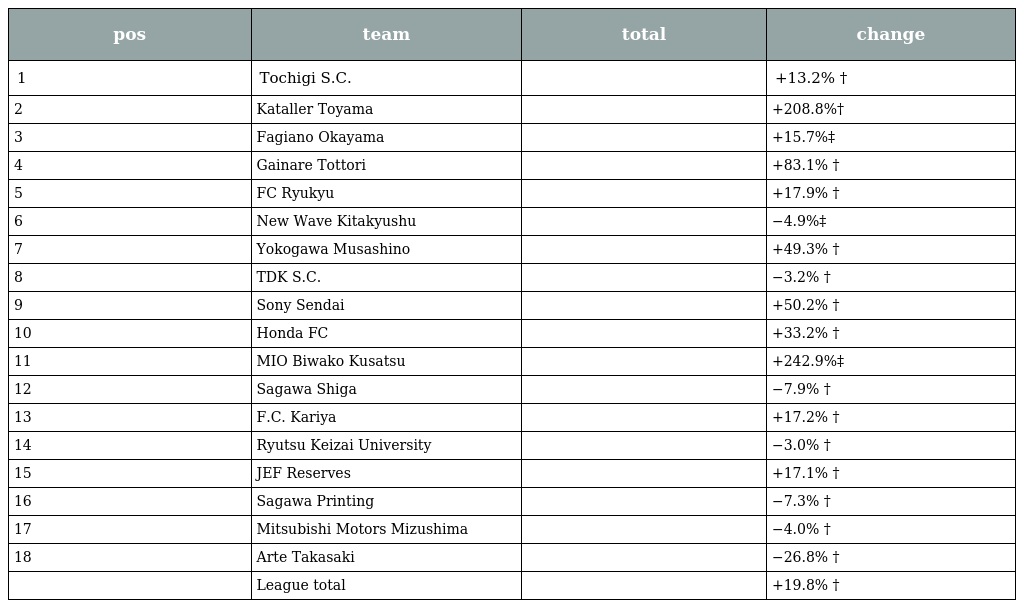
| pos | team | total | change |
 | --- | --- | --- | --- |
 | 1 | Tochigi S.C. |  | +13.2% † |
 | 2 | Kataller Toyama |  | +208.8%† |
 | 3 | Fagiano Okayama |  | +15.7%‡ |
 | 4 | Gainare Tottori |  | +83.1% † |
 | 5 | FC Ryukyu |  | +17.9% † |
 | 6 | New Wave Kitakyushu |  | −4.9%‡ |
 | 7 | Yokogawa Musashino |  | +49.3% † |
 | 8 | TDK S.C. |  | −3.2% † |
 | 9 | Sony Sendai |  | +50.2% † |
 | 10 | Honda FC |  | +33.2% † |
 | 11 | MIO Biwako Kusatsu |  | +242.9%‡ |
 | 12 | Sagawa Shiga |  | −7.9% † |
 | 13 | F.C. Kariya |  | +17.2% † |
 | 14 | Ryutsu Keizai University |  | −3.0% † |
 | 15 | JEF Reserves |  | +17.1% † |
 | 16 | Sagawa Printing |  | −7.3% † |
 | 17 | Mitsubishi Motors Mizushima |  | −4.0% † |
 | 18 | Arte Takasaki |  | −26.8% † |
 |  | League total |  | +19.8% † |